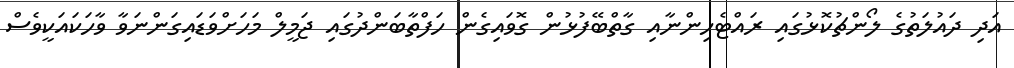
އަދި ދައުލަތުގެ ލޯންޗުކޮޅުގައި ރައްޓެހިންނާއި ގާތްބޭފުޅުން ގޮވައިގެން ހަފްތާބަންދުގައި ޖަމީލް މަހަށްވަޑައިގަންނަވާ ވާހަކައަކީވެސް